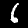
Digit: 6